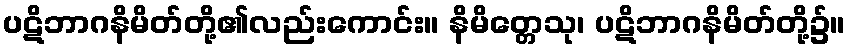
ပဋိဘာဂနိမိတ်တို့၏လည်းကောင်း။ နိမိတ္တေသု၊ ပဋိဘာဂနိမိတ်တို့၌။